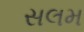
સલમ